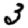
Digit: 3